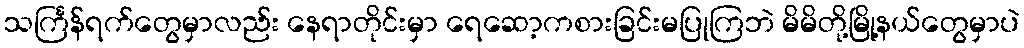
သင်္ကြန်ရက်တွေမှာလည်း နေရာတိုင်းမှာ ရေဆော့ကစားခြင်းမပြုကြဘဲ မိမိတို့မြို့နယ်တွေမှာပဲ